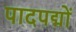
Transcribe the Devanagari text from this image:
पादपद्मों